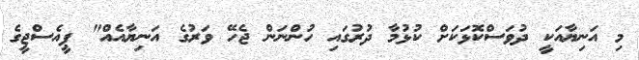
މި އަނިޔާއަކީ ދުވަސްކޮޅަކަށް ކުޅުމާ ދުރުގައި ހުންނަން ޖެހޭ ވަރުގެ އަނިޔާއެއް" ޕީއެސްޖީގެ